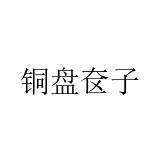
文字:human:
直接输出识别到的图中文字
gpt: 铜盘奁子